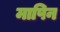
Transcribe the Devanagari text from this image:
मापिन